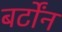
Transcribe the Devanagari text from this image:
बर्टोंन